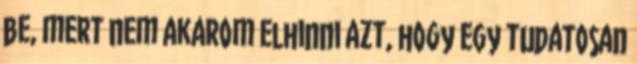
be, mert nem akarom elhinni azt, hogy egy tudatosan